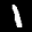
Label: 1